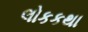
લોકકથા